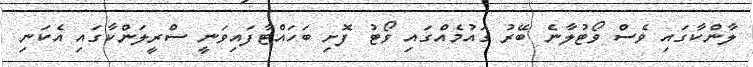
ލާންކާގައި ވެސް ވޯޓުލާނެ ބޭރު ގައުމެއްގައި ވޯޓު ފޮށި ބަހައްޓާފައިވަނީ ސްރީލަންކާގައި އެކަނި